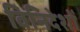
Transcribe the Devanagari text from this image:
विनिदेशों